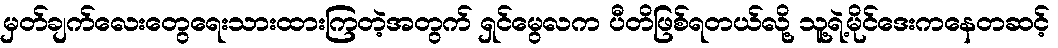
မှတ်ချက်လေးတွေရေးသားထားကြတဲ့အတွက် ရှင်မွေလက ပီတိဖြစ်ရတယ်လို့ သူ့ရဲ့မိုင်ဒေးကနေတဆင့်